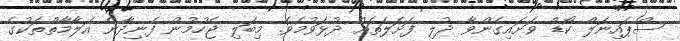
ސްޕައިނަލް ކޯޑް ވަށައިގެންވާ ދުލި ފަށަލަތައް ދުޅަވުމެވެ. މިބަލި ޖެހުމުން ފެނިދާނެ އަލާމާތްތަކުގެ